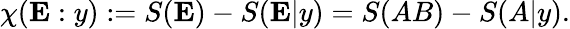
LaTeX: \chi(\mathbf{E}:y):=S(\mathbf{E})-S(\mathbf{E}|y)=S(AB)-S(A|y).